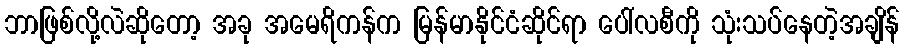
ဘာဖြစ်လို့လဲဆိုတော့ အခု အမေရိကန်က မြန်မာနိုင်ငံဆိုင်ရာ ပေါ်လစီကို သုံးသပ်နေတဲ့အချိန်